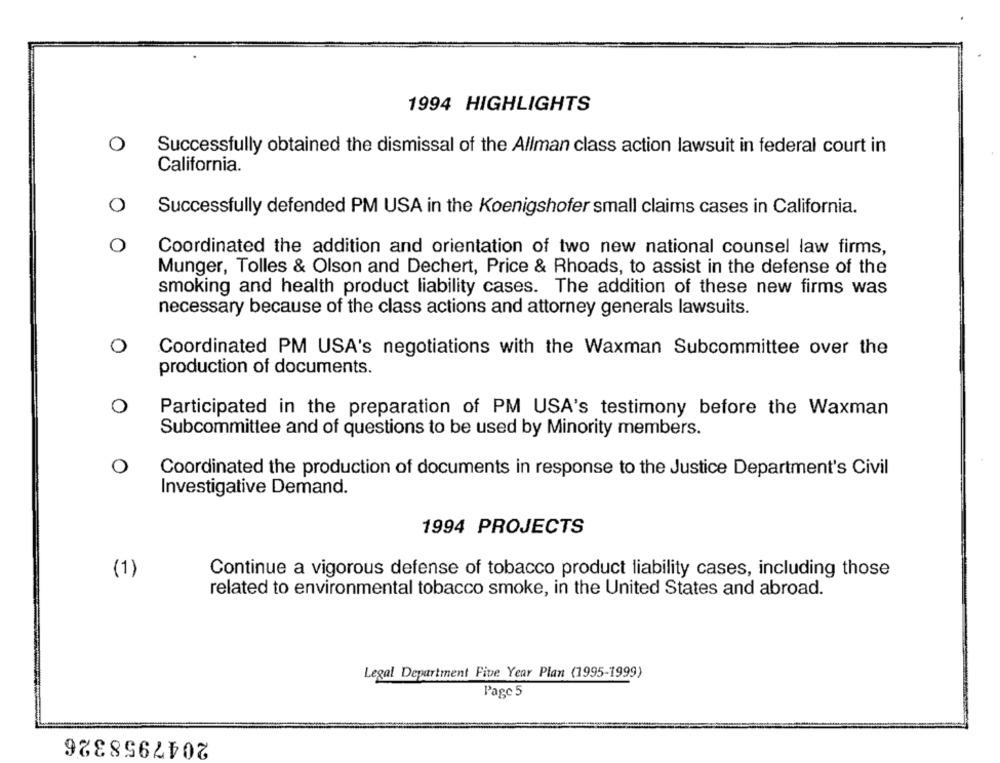
1994 HIGHLIGHTS
O
Successfully obtained the dismissal of the Allman class action lawsuit in federal court in
California.
O
Successfully defended PM USA in the Koenigshofer small claims cases in California.
O
Coordinated the addition and orientation of two new national counsel law firms,
Munger, Tolles & Olson and Dechert, Price & Rhoads, to assist in the defense of the
smoking and health product liability cases. The addition of these new firms was
necessary because of the class actions and attorney generals lawsuits.
0
Coordinated PM USA's negotiations with the Waxman Subcommittee over the
production of documents.
O
Participated in the preparation of PM USA's testimony before the Waxman
Subcommittee and of questions to be used by Minority members.
O
Coordinated the production of documents in response to the Justice Department's Civil
Investigative Demand.
1994 PROJECTS
Continue a vigorous defense of tobacco product liability cases, including those
(1)
related to environmental tobacco smoke, in the United States and abroad.
Legal Department Five Year Plan (1995-1999)
Page 5
2047958326